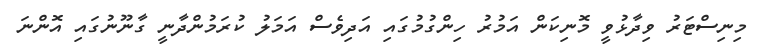
މިނިސްޓަރު ވިދާޅުވީ މޮނިކަން އަމުރު ހިންގުމުގައި އަދިވެސް އަމަލު ކުރަމުންދާނީ ގާނޫނުގައި އޮންނަ